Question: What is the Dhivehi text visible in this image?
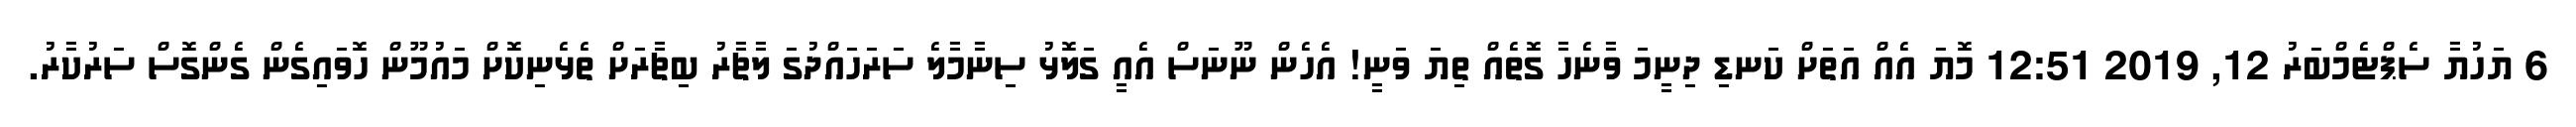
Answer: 6 ޔަހުޔާ ސެޕްޓެމްބަރު 12, 2019 12:51 މޮޔަ އެއް އަތަށް ކަނޑި ދިނީމަ ވާނެހާ ގޮތެއް ތިޔަ ވަނީ! އެހެން ނޫނަސް އެއީ ގަލޮޅު ސިނާމާލެ ސަރަހައްދުގަ ލާޗާރު ބިޗާރަށް ތެޅެނިކޮށް މައުމޫން ހޮވައިގެން ގެންގޮސް ސަރުކާރު.